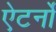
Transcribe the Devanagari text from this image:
ऐटर्नों